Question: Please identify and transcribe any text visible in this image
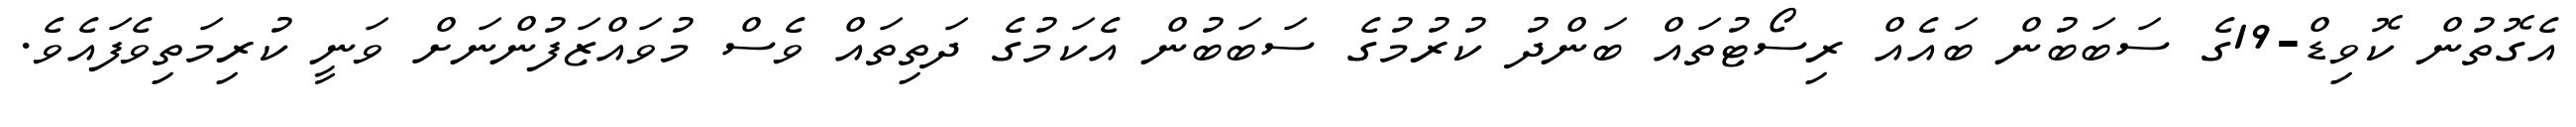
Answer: އެގޮތުން ކޮވިޑް-19ގެ ސަބަބުން ބައެއް ރިސޯޓުތައް ބަންދު ކުރުމުގެ ސަބަބުން އެކަމުގެ ދަތިތައް ވެސް މުވައްޒަފުންނަށް ވަނީ ކުރިމަތިވެފައެވެ.